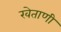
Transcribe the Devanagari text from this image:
खेताणी